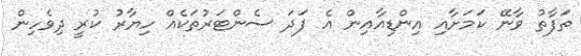
ތަފާތު ވާނޭ ކަމަށާއި އިންޑިއާއިން އެ ފަދަ ސެންޓަރުތަކެއް ހިޔާރު ކުރީ ދިވެހިން